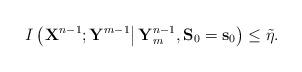
LaTeX: \begin{align*}I\left( \left.{{\bf{X}}^{n-1}};{\bf{Y}}^{m-1}\right|{{\bf{Y}}_m^{n-1}}, {\bf S}_0 = {\bf s}_0 \right) \le \tilde{\eta}. \end{align*}